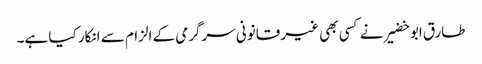
طارق ابو خضیر نے کسی بھی غیر قانونی سرگرمی کے الزام سے انکار کیا ہے۔